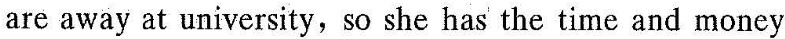
are away at uitwā so she has the time and money